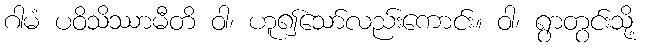
ဂါမံ ပဝိသိဿာမီတိ ဝါ၊ ဟူ၍သော်လည်းကောင်း။ ဝါ၊ ရွာတွင်းသို့